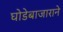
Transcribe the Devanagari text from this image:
घोडेबाजाराने